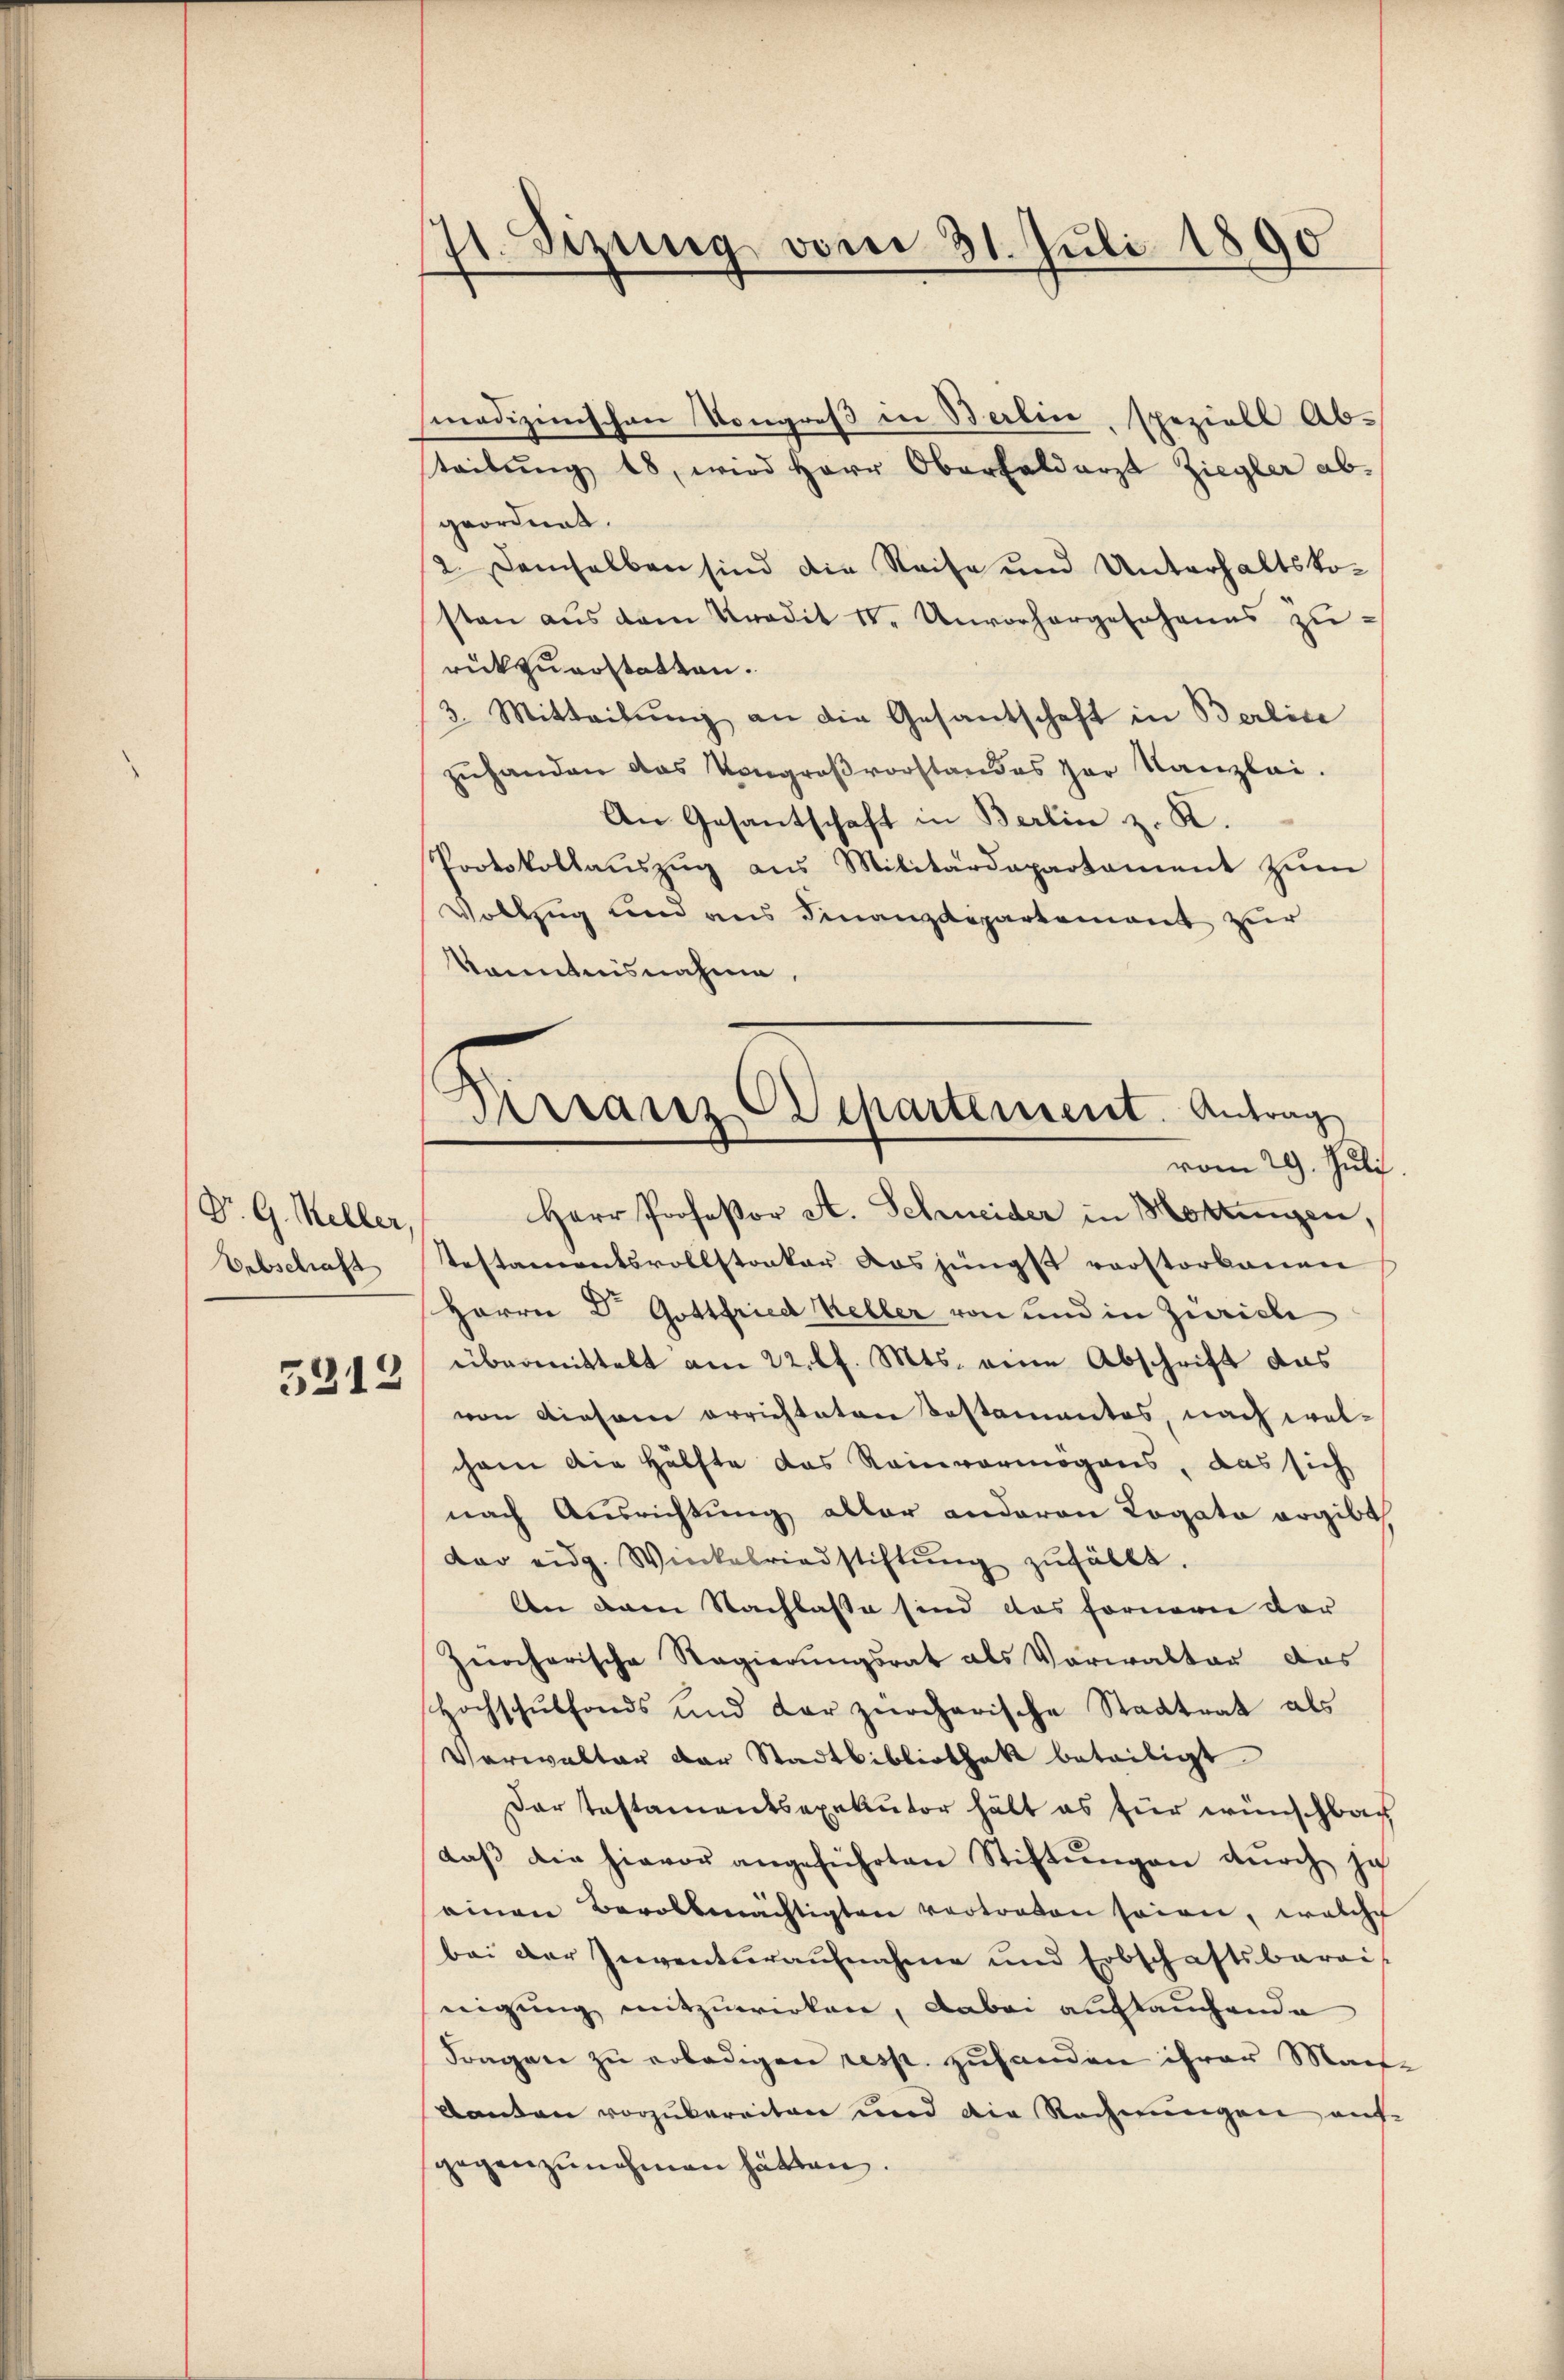
Dr. G. Keller
Erbschaft

5212

d
v. Szung vom 31. Juli 1890

smadizinischen Kongreß in Berlin, speziell Abteilŭng 18, wird Herr Oberfaldarzt Ziegler ab-
geordnet.
2. Demselben sind die Reise und Unterhaltskosten aŭs dem Kredit 1. Unvorhergesohanns zurückzuerstatten.
3. Mitteilung an die Gesantschaft in Berlice
zuhanden das Kongroβvorstandes par Kanzlei.
An Gesantschaft in Berlin z. K.
Protokollaŭszŭg ans Militärdepartament zŭm
Vollzug und aus Finanzdepartement zur
Kenntnisnahme,
vom 29. Juli
Herr Profeßor A. Schreider in Mottingen,
testamentsvollstonker das jüngst vorstorbenen
Herrn Dr. Gottfried Keller von und in Zürich
übermittelt am 22. l. Mts. eine Abschrift das
von diesem errichteten Testamentes, nach wel-
ihren die Hälfte das Reinvermögens, das sich
nach Ausrichtung aller anderen Rogato ergibt
dar eidg. Winkelriedstiftŭng zŭfällt.
An dem Nachlasse sind das Fornern der
Zürcherische Regierungsrat als Vorwalter das
Hochschŭlfonds und der zürcherische Stadtrat als
Verwalter der Stadtbibliothek beteiligt
Dar testamentsexekutor hält es für wünschbar
daβ die hievor angeführten Stiftŭngen dŭrch zu
einen Bevollmächtigten vertreten seien, welche
bei der Inventŭraŭfnahme und Erbschaftsbarai-
nigung mitzuwirken, dabei auftauchende
Fragen zu erledigen resp. zuhanden ihrer Mache
Kanton vorzubereiten und die Rechnungen aufgegenzŭnehmen hätten.

2
Arranz-Departement. Antrag